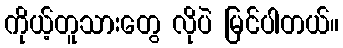
ကိုယ့်တူသားတွေ လိုပဲ မြင်ပါတယ်။